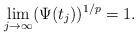
\begin{align*}\lim_{j\to\infty}(\Psi(t_j))^{1/p}=1.\end{align*}